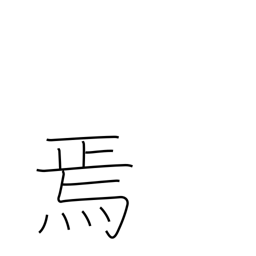
Meaning: then